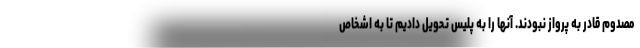
مصدوم قادر به پرواز نبودند. آنها را به پليس تحويل داديم تا به اشخاص